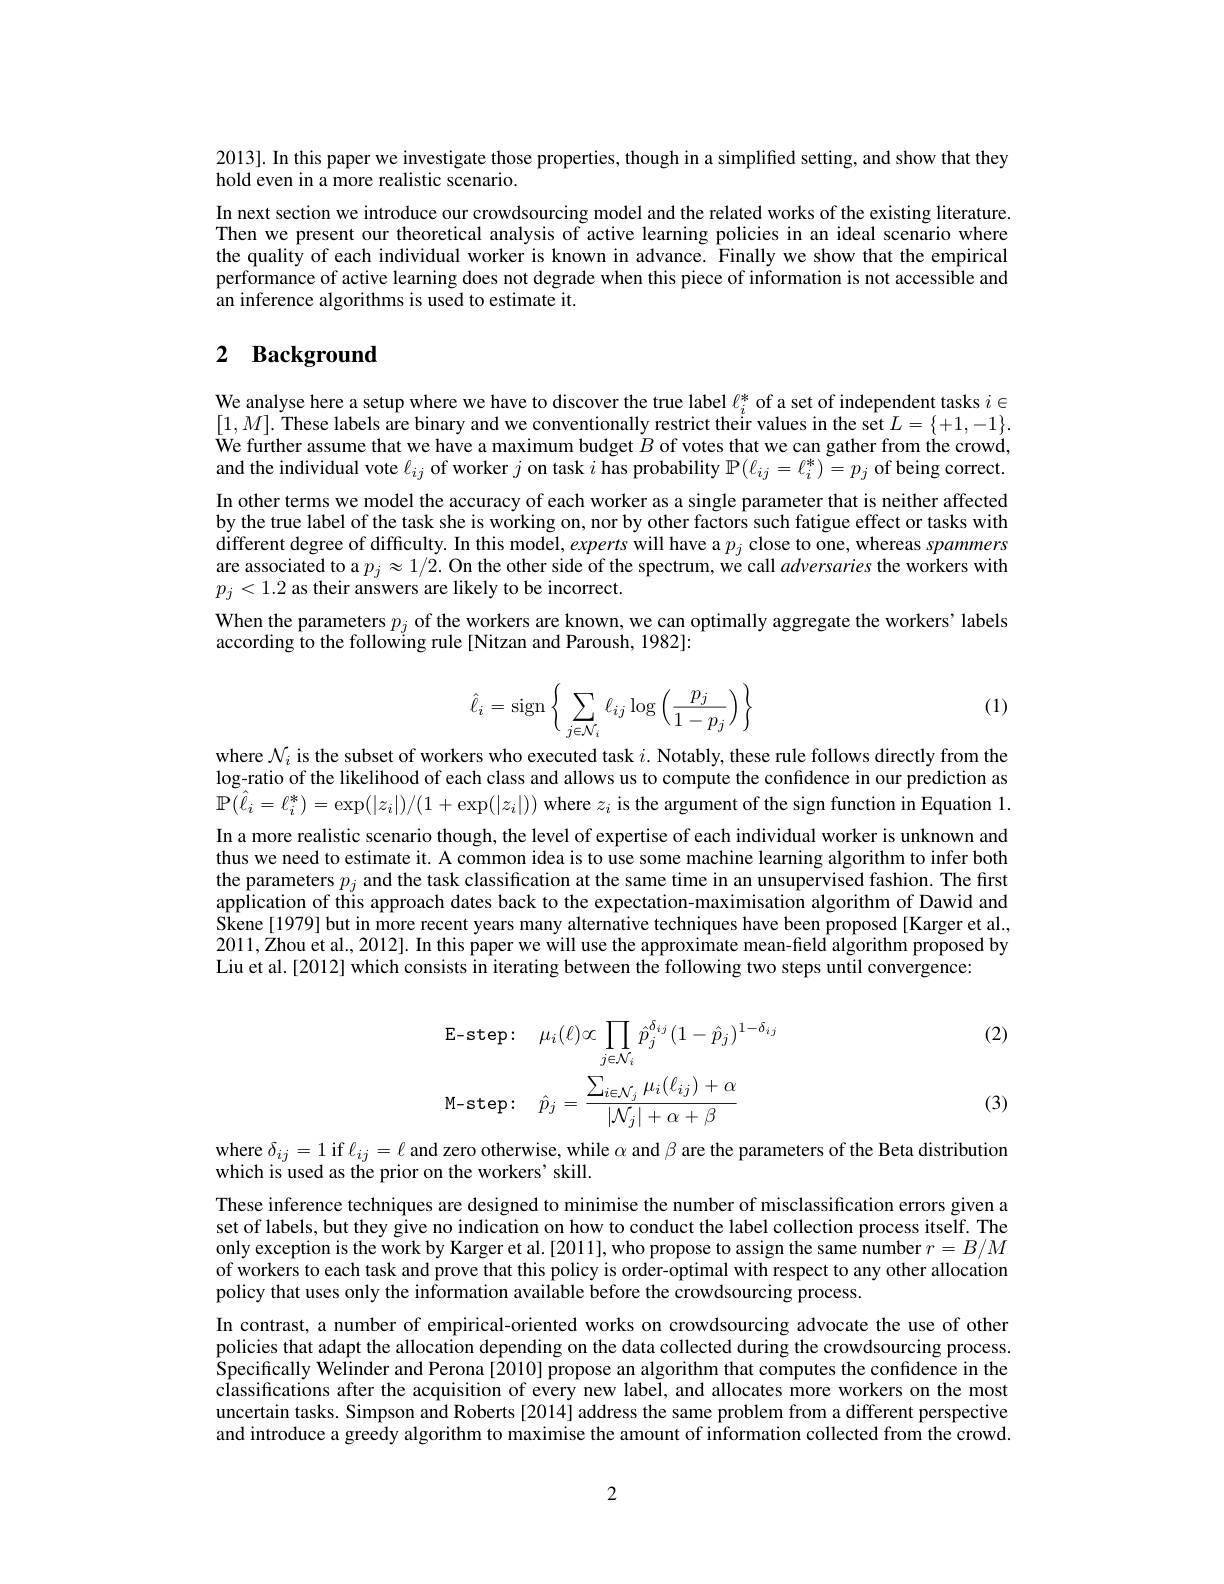
2013]. In this paper we investigate those properties, though in a simplified setting, and show that they
hold even in a more realistic scenario.
In next section we introduce our crowdsourcing model and the related works of the existing literature. Then we present our theoretical analysis of active learning policies in an ideal scenario where the quality of each individual worker is known in advance. Finally we show that the empirical performance of active learning does not degrade when this piece of information is not accessible and an inference algorithms is used to estimate it.

# 2 Background

We analyse here a setup where we have to discover the true label $\ell_i^*$ of a set of independent tasks $i\in$ $[1,M].$ These labels are binary and we conventionally restrict their values in the set $L=\{+1,-1\}.$ We further assume that we have a maximum budget $B$ of votes that we can gather from the crowd, and the individual vote $\ell_{ij}$ of worker $j$ on task $i$ has probability $\mathbb{P}(\ell_{ij}=\ell_{i}^{*})=p_{j}$ of being correct. In other terms we model the accuracy of each worker as a single parameter that is neither affected by the true label of the task she is working on, nor by other factors such fatigue effect or tasks with $\begin{array}{c}\text{different degree of difficulty. In this model, experts will have a }p_j\end{array}$close to one, whereas spammers are associated to a $p_j\approx1/2.$ On the other side of the spectrum, we call adversaries the workers with $p_j<1.2$ as their answers are likely to be incorrect.
When the parameters $p_j$ of the workers are known, we can optimally aggregate the workers' labels
according to the following rule[Nitzan and Paroush, 1982]:

(1)
$$\hat\ell_i=\mathrm{sign}\left\{\sum\limits_{j\in\mathcal N_i}\ell_{ij}\log\left(\frac{p_j}{1-p_j}\right)\right\}$$
where $\mathcal{N}_i$ is the subset of workers who executed task $i.$ Notably, these rule follows directly from the log-ratio of the likelihood of each class and allows us to compute the confidence in our prediction as $\bar{\mathbb{P}}(\hat{\ell}_{i}=\ell_{i}^{*})=\exp(|z_{i}|)/(1+\exp(|z_{i}|))$ where $z_i$ is the argument of the sign function in Equation 1. In a more realistic scenario though, the level of expertise of each individual worker is unknown and thus we need to estimate it. A common idea is to use some machine learning algorithm to infer both the parameters $p_j$ and the task classification at the same time in an unsupervised fashion. The first application of this approach dates back to the expectation-maximisation algorithm of Dawid and Skene[1979] but in more recent years many alternative techniques have been proposed [Karger et al., $2011,\dot{\text{Žhou et al., 2012]. In this paper we will use the approximate mean-field algorithm proposed by}}$ Liu et al.[2012] which consists in iterating between the following two steps until convergence:

(2)
$$\begin{aligned}&\text{E-step:}\quad\mu_{i}(\ell)\propto\prod_{j\in\mathcal{N}_{i}}\hat{p}_{j}^{\delta_{ij}}(1-\hat{p}_{j})^{1-\delta_{ij}}\\&\text{M-step:}\quad\hat{p}_{j}=\frac{\sum_{i\in\mathcal{N}_{j}}\mu_{i}(\ell_{ij})+\alpha}{|\mathcal{N}_{j}|+\alpha+\beta}\end{aligned}$$
(3)

where $\delta_{ij}=1$ if $\ell_{ij}=\ell$ and zero otherwise, while $\alpha$ and $\beta$ are the parameters of the Beta distribution
which is used as the prior on the workers' skill.

These inference techniques are designed to minimise the number of misclassification errors given a set of labels, but they give no indication on how to conduct the label collection process itself. The only exception is the work by Karger et al. [2011], who propose to assign the same number $r=B/M$ of workers to each task and prove that this policy is order-optimal with respect to any other allocation policy that uses only the information available before the crowdsourcing process.
In contrast, a number of empirical-oriented works on crowdsourcing advocate the use of other policies that adapt the allocation depending on the data collected during the crowdsourcing process. Specifically Welinder and Perona [2010] propose an algorithm that computes the confidence in the classifications after the acquisition of every new label, and allocates more workers on the most uncertain tasks. Simpson and Roberts [2014] address the same problem from a different perspective and introduce a greedy algorithm to maximise the amount of information collected from the crowd.

2